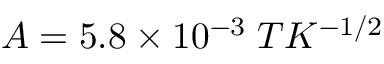
A = 5 . 8 \times 1 0 ^ { - 3 } \; T K ^ { - 1 / 2 }